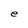
Character: e